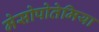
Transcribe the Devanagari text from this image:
मेसोपोतेमिया